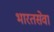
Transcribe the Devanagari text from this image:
भारतसेवा